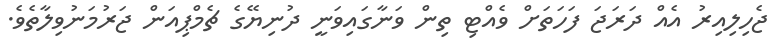
ޖެހިލިއިރު އެއް ދަރަޖަ ފަހަތަށް ވެއްޓި ތިން ވަނާގައިވަނީ ދުނިޔޭގެ ޗެމްޕިއަން ޖަރުމަނުވިލާތެވެ.